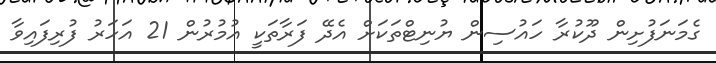
ގެމަނަފުށިން ދޫކުރާ ހައުސިން ޔުނިޓްތަކަށް އެދޭ ފަރާތަކީ އުމުރުން 21 އަހަރު ފުރިފައިވާ